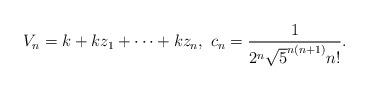
LaTeX: \begin{align*} V_n=k+kz_1+\cdots+kz_n,\ c_n=\frac{1}{2^n\sqrt5^{n(n+1)}n!}. \end{align*}